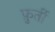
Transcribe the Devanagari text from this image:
फ़ुर्ती